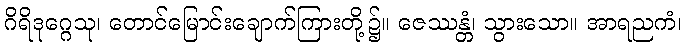
ဂိရိဒုဂ္ဂေသု၊ တောင်မြောင်းချောက်ကြားတို့၌။ ဇေဿန္တံ၊ သွားသော။ အာရညကံ၊